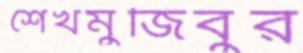
শেখমুজিবুর